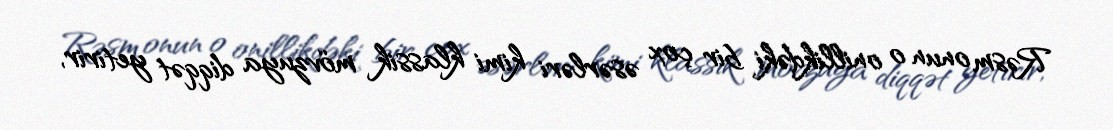
Rəsm onun o onillikdəki bir çox əsərləri kimi klassik mövzuya diqqət yetirir,